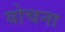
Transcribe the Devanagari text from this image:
योचना